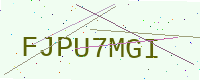
Text: FJPU7MGI